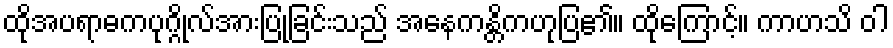
ထိုအပရာဓကပုဂ္ဂိုလ်အားပြုခြင်းသည် အနေကန္တိကဟုပြ၏။ ထိုကြောင့်။ ကာဟသိ ဝါ